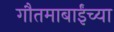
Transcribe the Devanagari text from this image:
गौतमाबाईंच्या